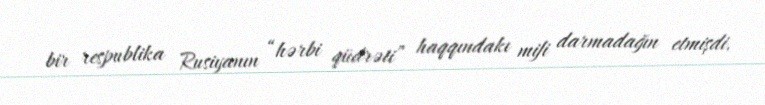
bir respublika Rusiyanın “hərbi qüdrəti” haqqındakı mifi darmadağın etmişdi.